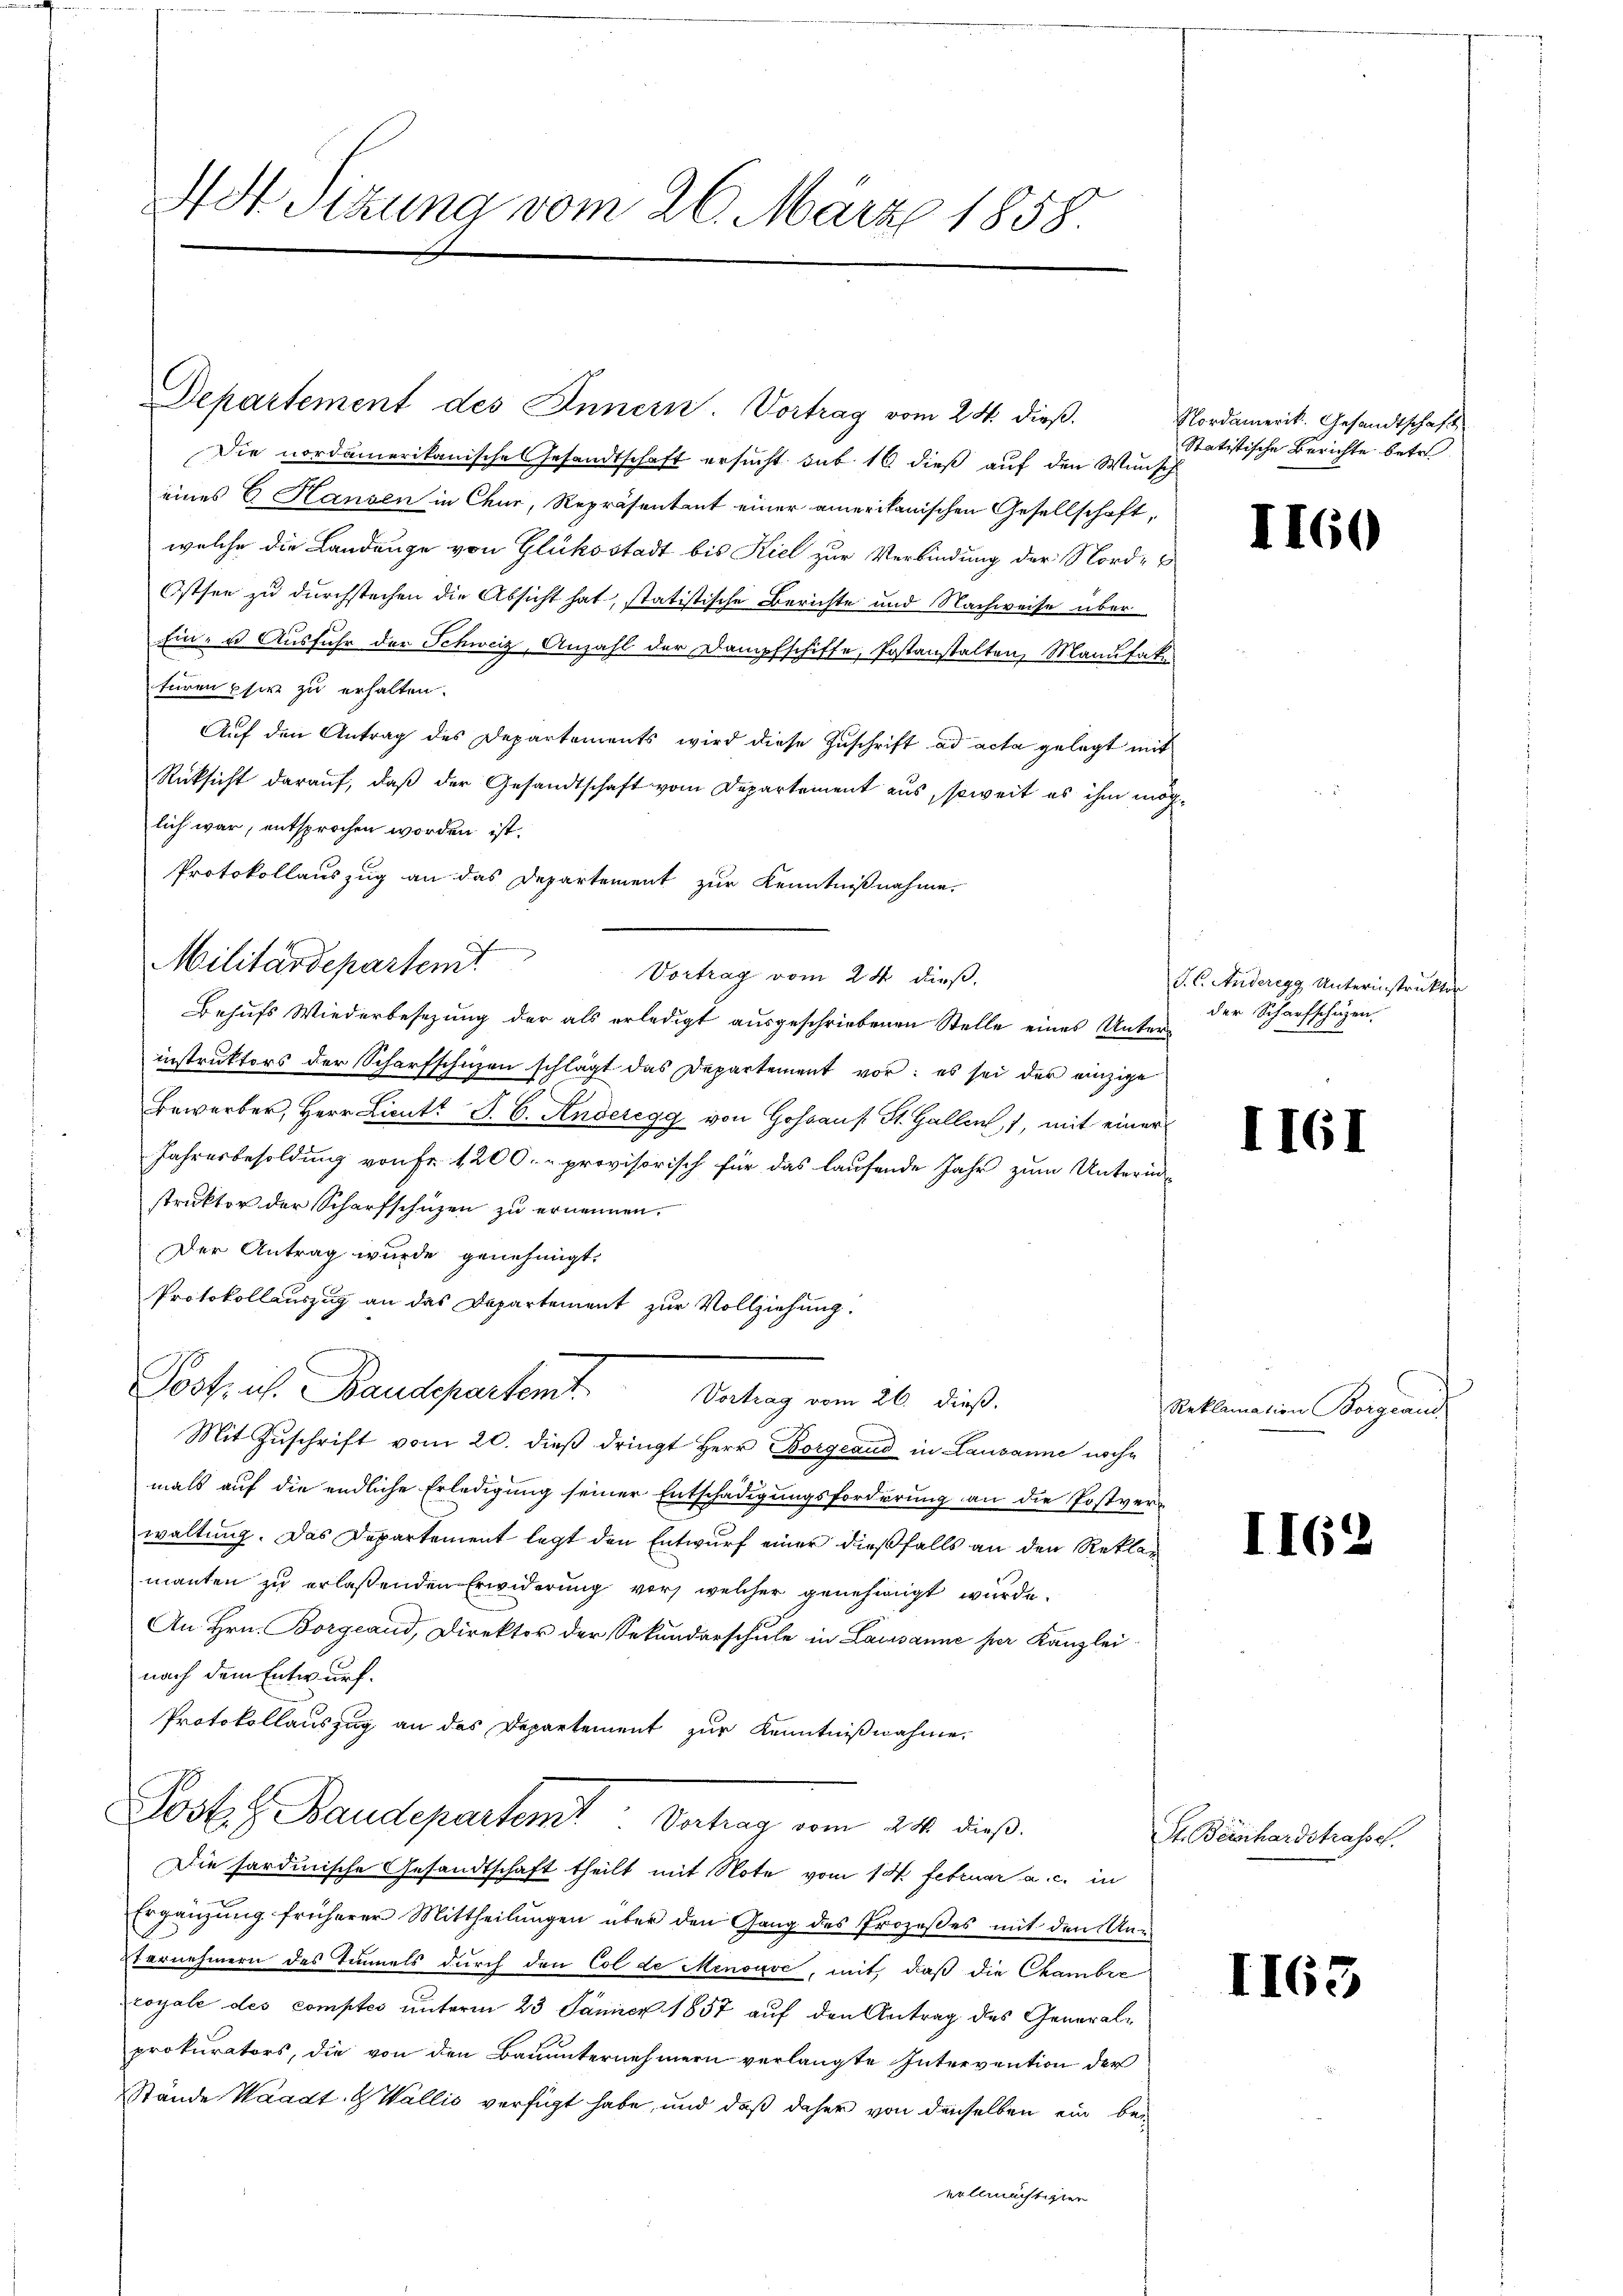
Departement des Innern. Vortrag vom 24. dieß.
Die nordamerikanische Gesandtschaft ersucht sub 16 dieß auf den Wunsch
eines C. Hausen in Chur, Repräsentant einer amerikanischen Gesellschaft,
welche die Landange von Glükostadt bis Kiel zur Verbindung der Nord¬
Ostsee zu durchstechen die Absicht hat, statistische Berichte und Nachweise über
Ein- u Ausfuhr der Schweiz, Anzahl der Dampfschiffe, Postanstalten, Manufaku
turen Ehere zu erhalten.
Auf den Antrag des Departements wird diese Zuschrift ad acta gelegt mit
Rücksicht darauf, daß der Gesandtschaft vom Departement aus, soweit es ihm möglich war, entsprochen worden ist.
Protokollauszug an das Departement zur Kenntnißnahme.
Vortrag vom 24 dieß,
Behufs Wiederbesezung der als erledigt ausgeschriebenen Stelle eines Unterinstruktors der Scharfschützen schlägt das Departement vor: es sei der einzige
Bewerber, Herr Lieutt P. C. Anderegg von Gos St. Gallen, 1, mit einer
Jahresbesoldung von Fr. 1200.- provisorisch für das laufende Jahr zum Unterinstruktor der Scharfschüzen zu ernennen.
Der Antrag wurde genehmigt.
Protokollauszug an das Departement zur Vollziehung.
Post, u. Baudepartemt
Vortrag vom 26. dieß.
Mit Zŭschrift vom 20. dieβ dringt Herr Borgeaud in Lausanne woche
mals auf die endliche Erledigung seiner Entschädigungsforderung an die Postverwaltung. Das Departement legt den Entwurf einer dießfalls an den Reklar
manten zu erlaßenden Erwiderung vor, welcher genehmigt wurde.
An Hrn. Borgeand, Direktor der Sekundarschule in Lausanne her Kanzlei-
nach dem Entwurf.
Protokollauszug an das Departement zur Kenntnißnahme
Post z. Baudepartent Vertrag vom 21. dieß.
Die sardinische Gesandtschaft theilt mit Note vom 18. Februar a. c. in
Ergänzung früherer Mittheilŭngen über den Gang des Prozesses mit den Un-
Evernehmern des Tunnels durch den Col de Menouve, mit, daß die Chambre
coyale des comptes unterm 23 Jänner 1857 auf den Antrag des Generalprokurators, die von den Bauunternehmern verlangte Intervention der
Stande Waadt & Wallis verfügt habe, und daß daher von denselben ein bevollmächtigten

AHStzung vom 26. März 1858.

Militärdepartemt

Nordamerik. Gesandtschaft
Statistische Berichte betr.

II60

J. C. Anderegg Unterinstruktor
der Scharfschüzen.

II61

Reklamation Borgeau.

II62

St. Beischardstrasse.

I163